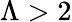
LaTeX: \Lambda>2